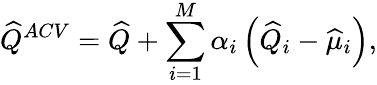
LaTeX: \widehat{Q}^{ACV}=\widehat{Q}+\sum_{i=1}^{M}\alpha_{i}\left(\widehat{Q}_{i}-\widehat{\mu}_{i}\right),